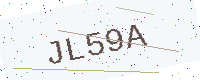
Text: JL59A